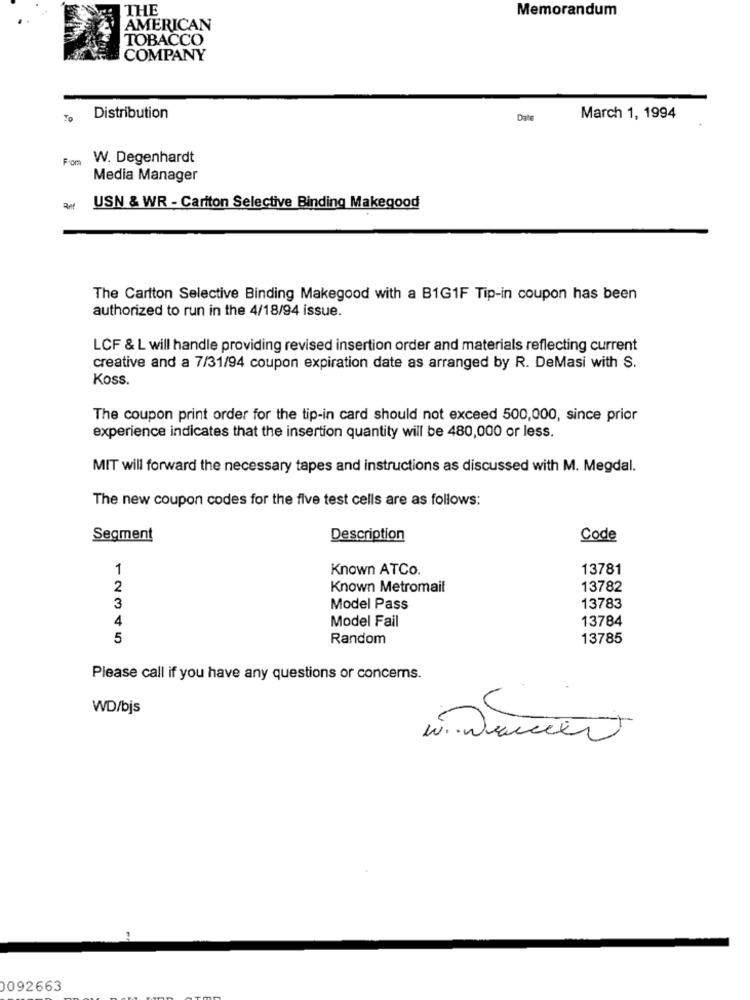
THE
Memorandum
AMERICAN
TOBACCO
COMPANY
To
Distribution
Date
March 1, 1994
From
W. Degenhardt
Media Manager
USN & WR - Carlton Selective Binding Makegood
The Cartton Selective Binding Makegood with a B1G1F Tip-in coupon has been
authorized to run in the 4/18/94 issue.
LCF & L will handle providing revised insertion order and materials reflecting current
creative and a 7/31/94 coupon expiration date as arranged by R. DeMasi with S.
Koss.
The coupon print order for the tip-in card should not exceed 500,000, since prior
experience indicates that the insertion quantity will be 480,000 or less.
MIT will forward the necessary tapes and instructions as discussed with M. Megdal.
The new coupon codes for the five test cells are as follows:
Segment
Description
Code
1
Known ATCo.
13781
2
Known Metromail
13782
3
Model Pass
13783
4
Model Fail
13784
5
Random
13785
Please call if you have any questions or concerns.
WD/bjs
0092663